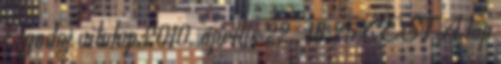
Ogodej vitalap 2010. április 22., 18:25 CEST A lap